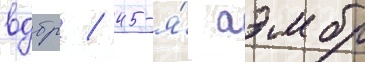
вдбр / 45-я́ аэмбр